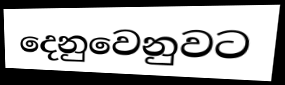
දෙනුවෙනුවට